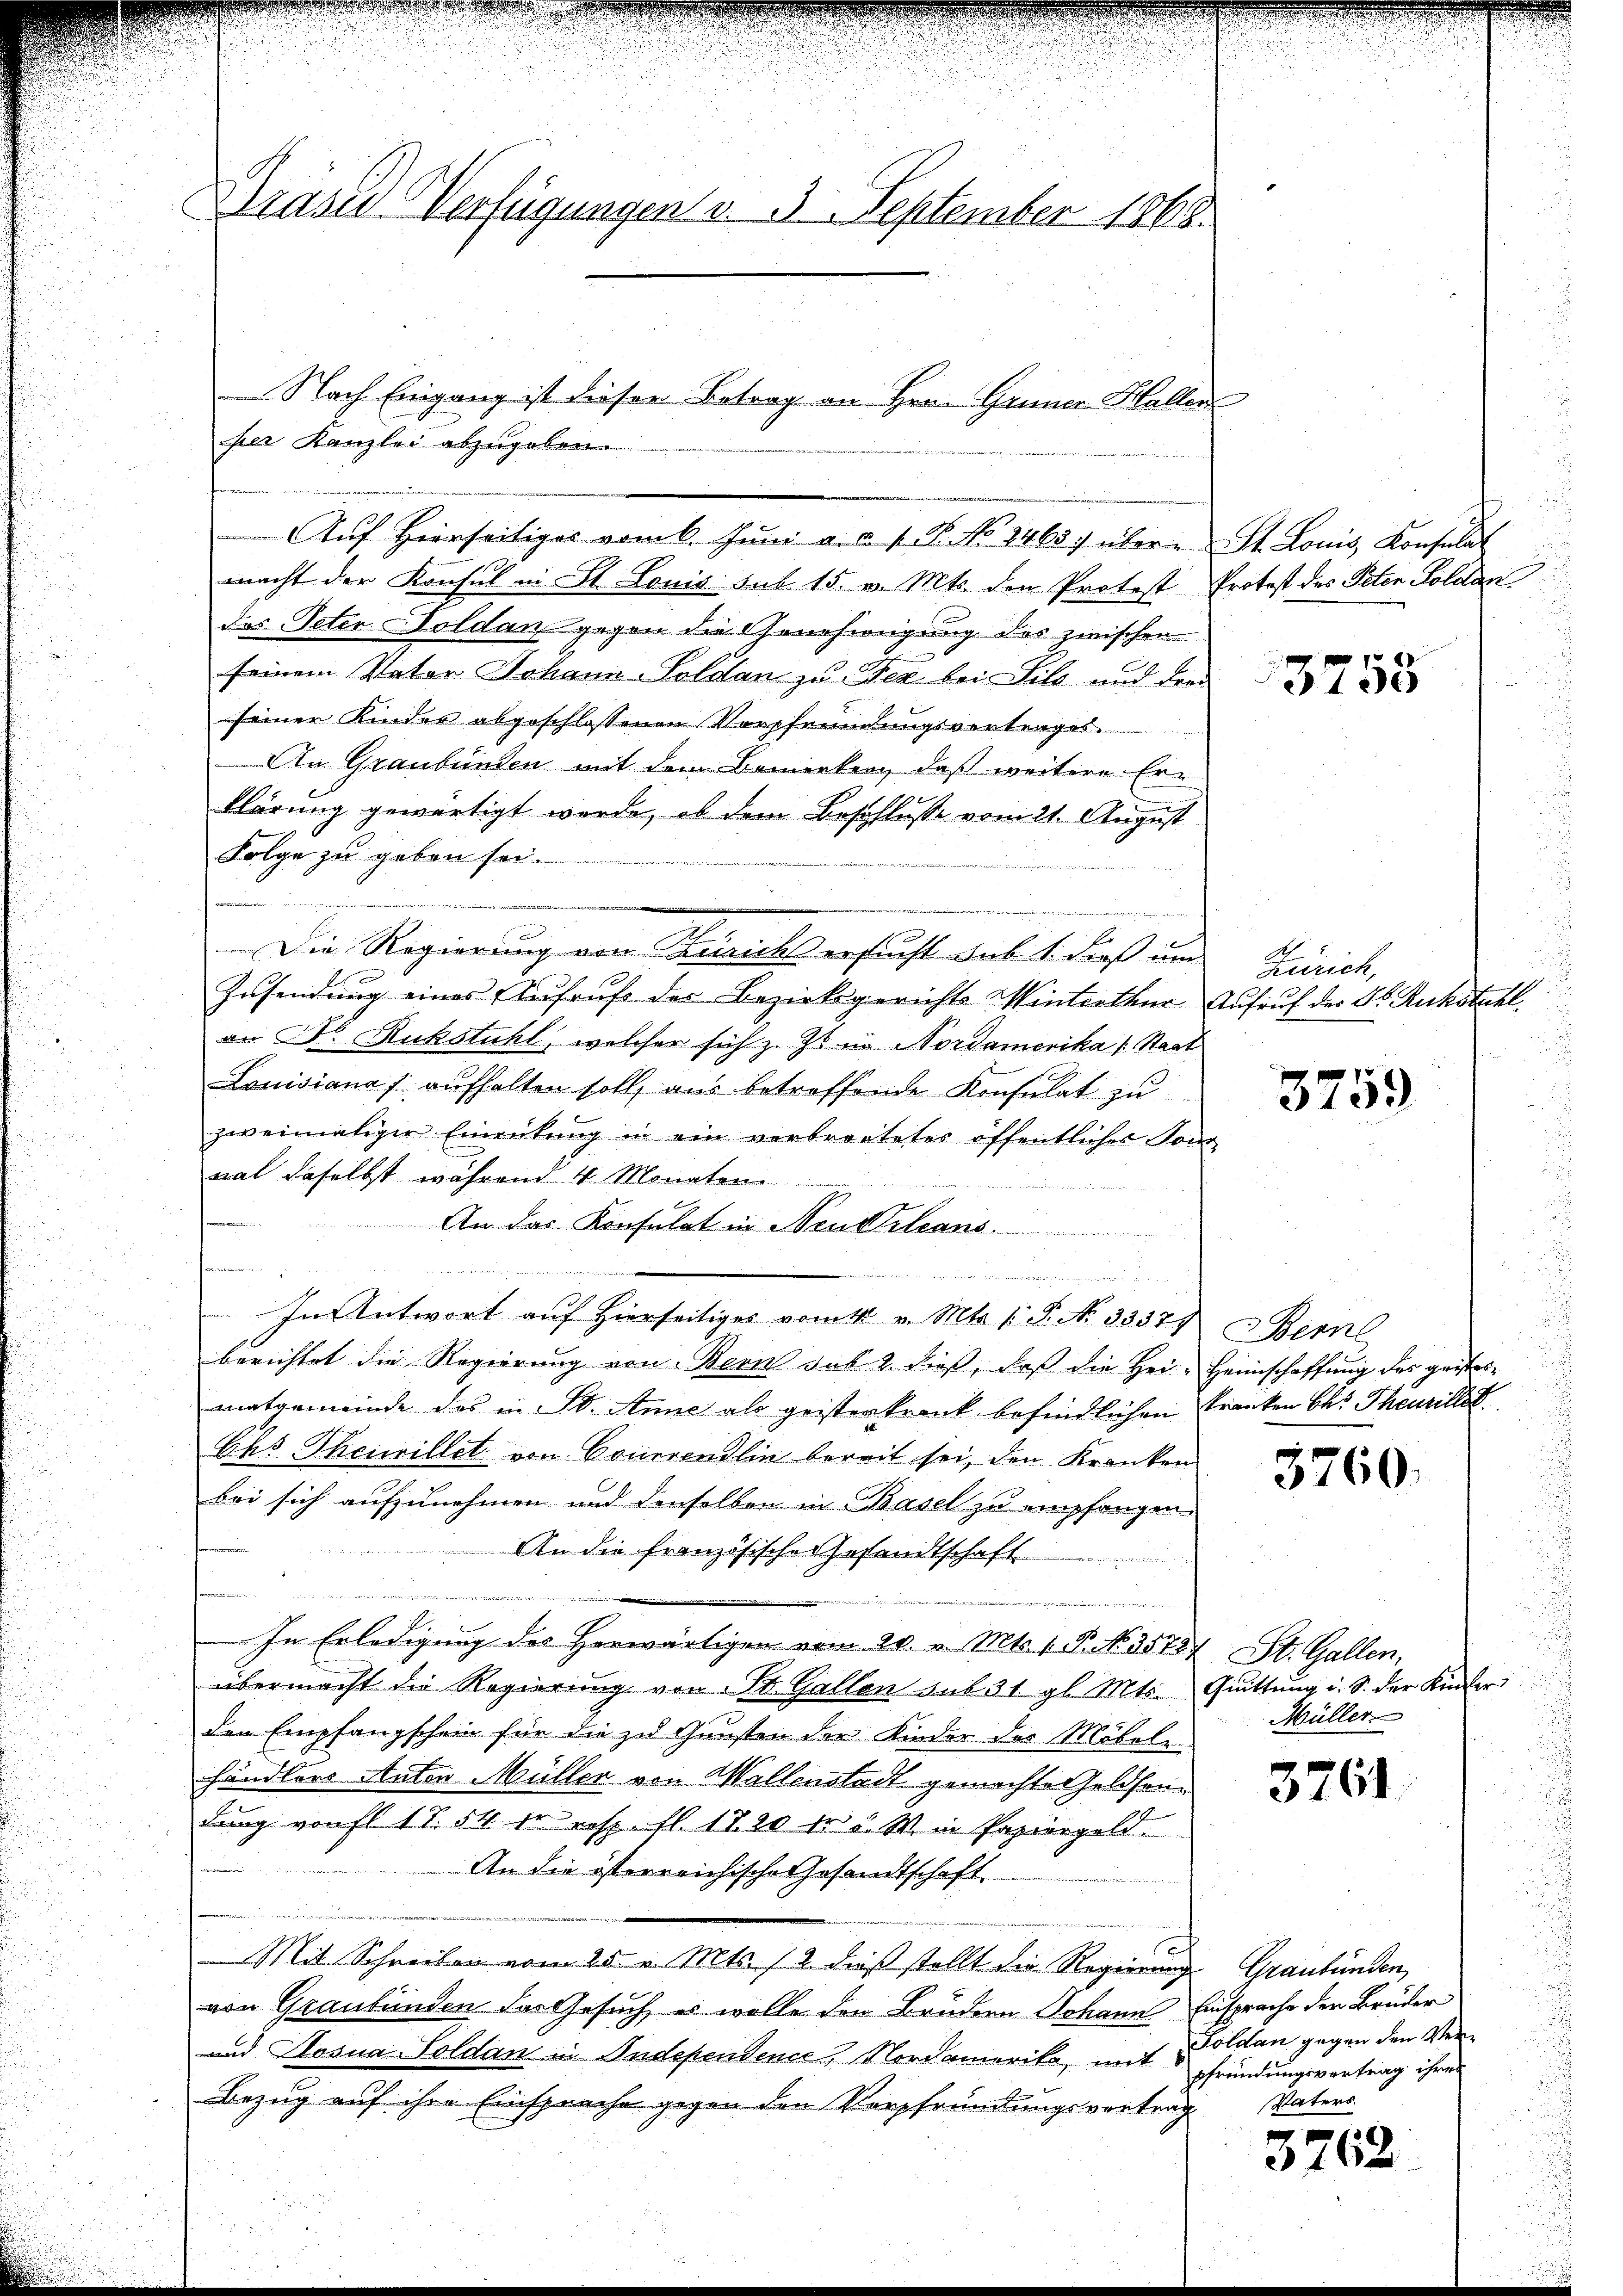
Dräser Verfügungen v. 5. September 1868.

per Kanzlei abzugeben.
macht der Konsul in St. Louis sub 15. v. Mts. den Protest
das Peter Doldan gegen die Genehmigung des zwischen
seinem Vater Johann-Soldan zu Fez bei Sils und der
seiner Kinder abgeschlossenen Vorpfründungsvertrages.
An Graubünden mit dem Bemerken, daß weitere Erklärung gewärtigt werde, ob dem Beschlusse vom 21. August
Folge zu geben sei.
Die Regierung von Zürichs ersucht sub. 1. dieß um
Zusendung eines Aufruf des Bezirksgerichts Winterthur
an Fr. Rückstuhl, welcher sich z. Zt. in Nordamerika Staat
Lanisiana / aufhalten soll, aus betreffende Konsulat zu
zweimaliger Einrückung in ein verbreiteter öffentliches Kon
mal daselbst während 4 Monaten

An das Konsulat in Neuwelians
.
In Antwort auf hierseitiges vom v. Mts. 1. P. No. 33379. Bern
berichtet die Regierung von Bern sub 2. dieß, daß die Hei-Heimschaffung des geistesmatgemeinde das in St. Anne als geisterkrank befindlichen Kranken bei Theurillst
Chs Theiwillet von Bonerendlin bereit sei, den Kranken
bei sich aufzunehmen und denselben in Basel zu empfangen.
An die französische Gesandtschaft.
de
In Erledigung des Herwärtigen vom 20. v. Mts. 1. P. No. 35724 St. Gallen,
übermacht die Regierung von St. Gallen sub. 31. gl. Mts.
den Empfangschein für die zu Gunsten der Kinder der Möbeln-
händlers Anton Müller von Wellenstadt gemachte Geldfordung von fl 17. 54 in resp. fl. 1720 fr 5. W. in Papiergeld
An die österreichische Gesandtschaft
s
Mit Schreiben vom 25. v. Mts. 12 dieß stellt die Regierung Graubünden,
von Graubünden des Gesuch es wolle den Brudern Johann Einsprache der Brüder
und Hosna-Soldan in Independence, Nordamerika mit
Bezug auf ihre Einsprache gegen den Verpfründungsvertrag Vaters

Auf hierseitiges vom 6. Jŭni a. s. 1. P. No 84657 übere St. Louis, Konsulat

Nach Eingang ist dieser Betrag an Hrn. Gener Hallen

Protest des Peten Goldan

3755

p
Zürich,
Aufruf der Dr. Ruckstuhl

3759

3760.

Quittung u. S. der Kinder
Müller

3761

Foldan gegen den Verpfründungsvertrag ihres

3762